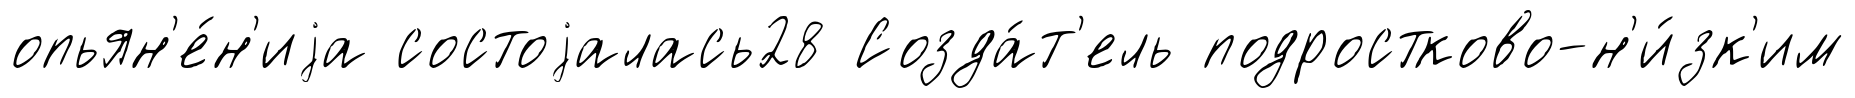
опьян'е́н'иjа состоjалась28 Созда́т'ель подростково-н'и́зк'им